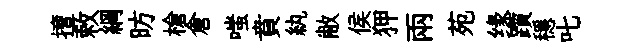
擅敕綱昉槍倉嗤賁紈敝侯狎兩苑缘躓穩叱